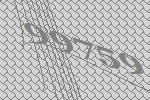
99759